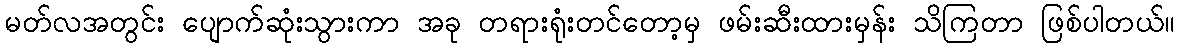
မတ်လအတွင်း ပျောက်ဆုံးသွားကာ အခု တရားရုံးတင်တော့မှ ဖမ်းဆီးထားမှန်း သိကြတာ ဖြစ်ပါတယ်။